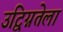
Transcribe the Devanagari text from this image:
उद्विग्नतेला